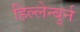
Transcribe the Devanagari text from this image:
हिल्लेन्बुर्न